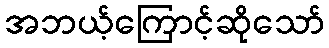
အဘယ့်ကြောင့်ဆိုသော်